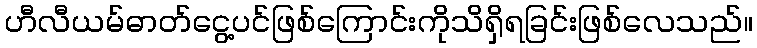
ဟီလီယမ်ဓာတ်ငွေ့ပင်ဖြစ်ကြောင်းကိုသိရှိရခြင်းဖြစ်လေသည်။